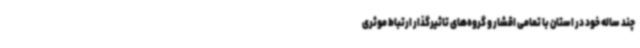
چند ساله خود در استان با تمامی اقشار و گروه‌های تاثیرگذار ارتباط موثری